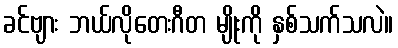
ခင်ဗျား ဘယ်လိုတေးဂီတ မျိုးကို နှစ်သက်သလဲ။